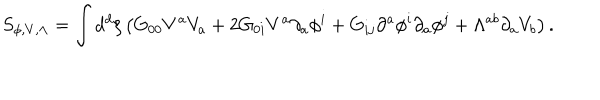
LaTeX: S _ { \phi , V , \Lambda } = \int d ^ { d } \xi \left( G _ { 0 0 } V ^ { a } V _ { a } + 2 G _ { 0 i } V ^ { a } \partial _ { a } \phi ^ { i } + G _ { i j } \partial ^ { a } \phi ^ { i } \partial _ { a } \phi ^ { j } + \Lambda ^ { a b } \partial _ { a } V _ { b } \right) .